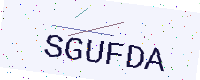
Text: SGUFDA